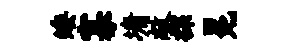
矮寡墉敞探冕